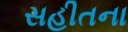
સહીતના